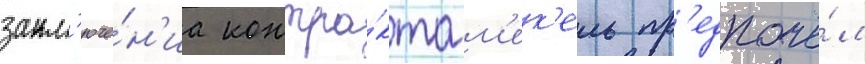
закл'юче́н'иа контра́кта м'ек'ель пр'едпочё́л